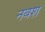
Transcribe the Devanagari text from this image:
नबश